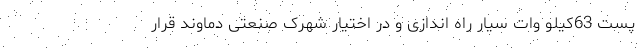
پست 63کیلو وات سیار راه اندازی و در اختیار شهرک صنعتی دماوند قرار